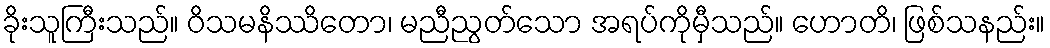
ခိုးသူကြီးသည်။ ဝိသမနိဿိတော၊ မညီညွတ်သော အရပ်ကိုမှီသည်။ ဟောတိ၊ ဖြစ်သနည်း။